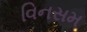
વિનસમ